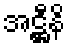
အဋ္ဌီနိ